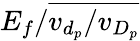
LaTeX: E_{f}/\overline{{v_{d_{p}}/v_{D_{p}}}}